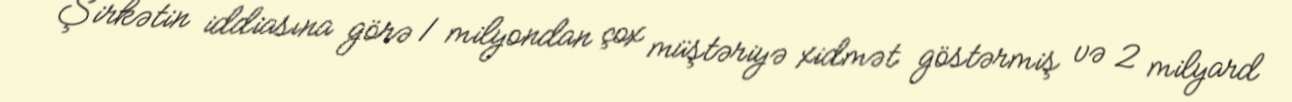
Şirkətin iddiasına görə 1 milyondan çox müştəriyə xidmət göstərmiş və 2 milyard